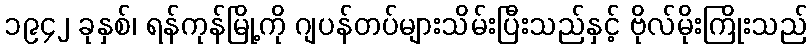
၁၉၄၂ ခုနှစ်၊ ရန်ကုန်မြို့ကို ဂျပန်တပ်များသိမ်းပြီးသည်နှင့် ဗိုလ်မိုးကြိုးသည်